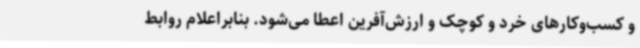
و کسب‌وکارهای خرد و کوچک و ارزش‌آفرین اعطا می‌شود. بنابراعلام روابط